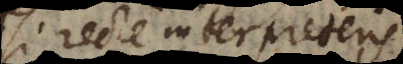
si recte interpreteris,